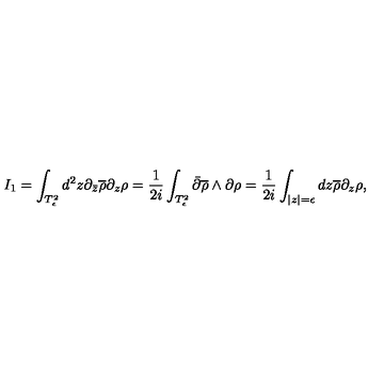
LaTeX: I _ { 1 } = \int _ { T _ { \epsilon } ^ { 2 } } d ^ { 2 } z \partial _ { \bar { z } } \overline { { \rho } } \partial _ { z } \rho = \frac { 1 } { 2 i } \int _ { T _ { \epsilon } ^ { 2 } } \bar { \partial } \overline { { \rho } } \wedge \partial \rho = \frac { 1 } { 2 i } \int _ { | z | = \epsilon } d z \overline { { \rho } } \partial _ { z } \rho ,